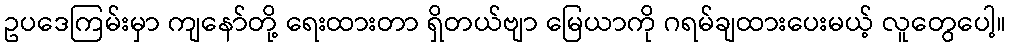
ဥပဒေကြမ်းမှာ ကျနော်တို့ ရေးထားတာ ရှိတယ်ဗျာ မြေယာကို ဂရမ်ချထားပေးမယ့် လူတွေပေါ့။